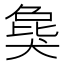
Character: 𤟭